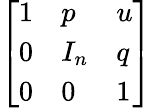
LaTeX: \left[\begin{array}{lll}{1}&{p}&{u}\\ {0}&{I_{n}}&{q}\\ {0}&{0}&{1}\end{array}\right]